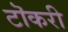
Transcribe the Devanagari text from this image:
टॊकरी